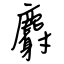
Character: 麝